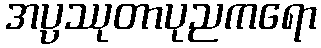
အပ္ပဿုတာပုညကရော